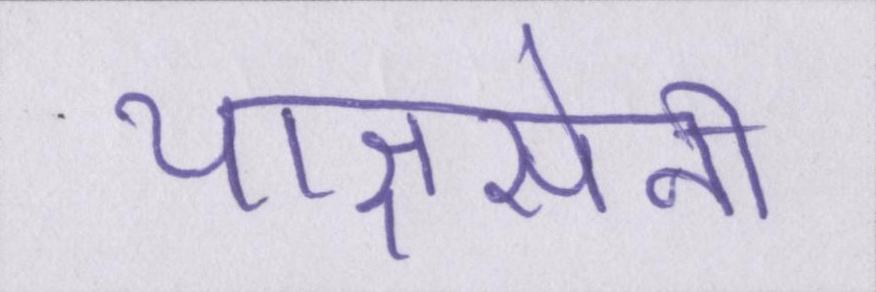
याज्ञसेनी